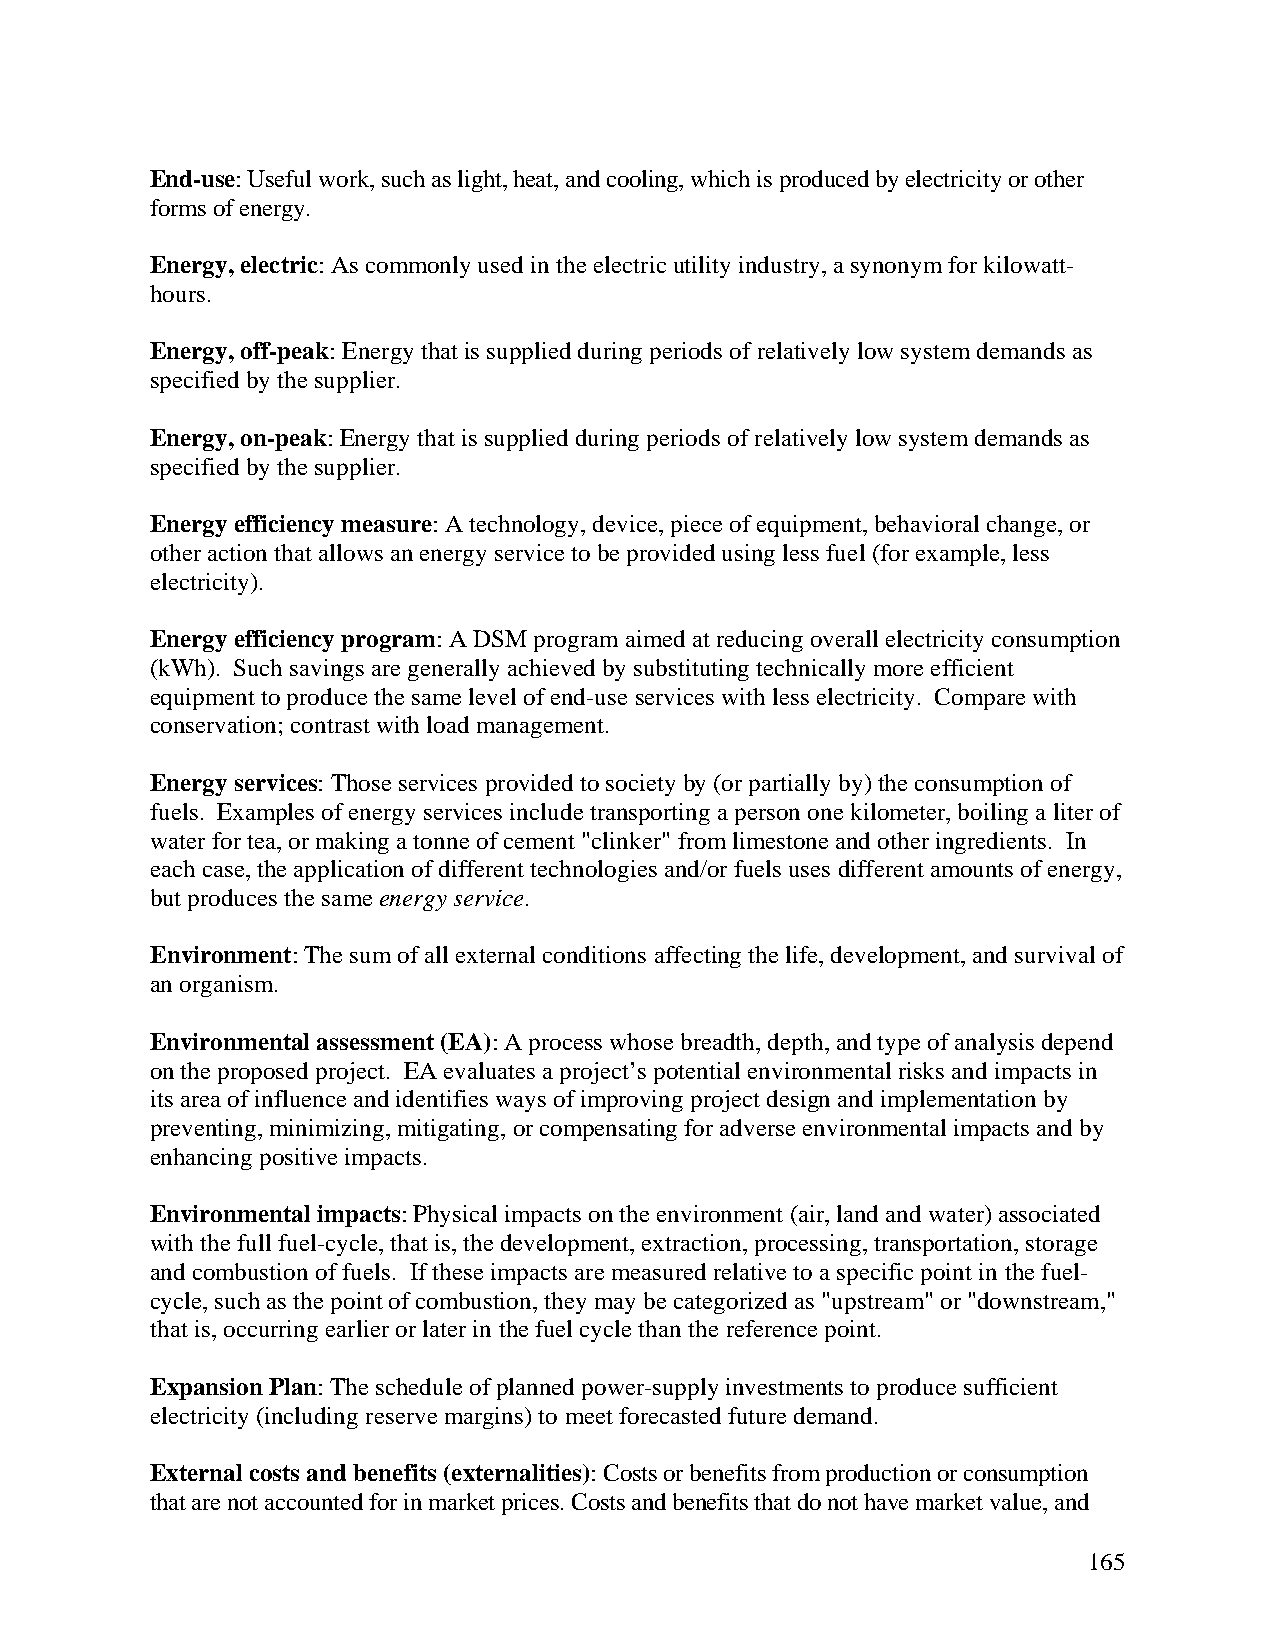
End-use: Useful work, such as light, heat, and cooling, which is produced by electricity or other
 forms of energy.
 Energy, electric: As commonly used in the electric utility industry, a synonym for kilowatt-
 hours.
 Energy, off-peak: Energy that is supplied during periods of relatively low system demands as
 specified by the supplier.
 Energy, on-peak: Energy that is supplied during periods of relatively low system demands as
 specified by the supplier.
 Energy efficiency measure: A technology, device, piece of equipment, behavioral change, or
 other action that allows an energy service to be provided using less fuel (for example, less
 electricity).
 Energy efficiency program: A DSM program aimed at reducing overall electricity consumption
 (kWh). Such savings are generally achieved by substituting technically more efficient
 equipment to produce the same level of end-use services with less electricity. Compare with
 conservation; contrast with load management.
 Energy services: Those services provided to society by (or partially by) the consumption of
 fuels. Examples of energy services include transporting a person one kilometer, boiling a liter of
 water for tea, or making a tonne of cement "clinker" from limestone and other ingredients. In
 each case, the application of different technologies and/or fuels uses different amounts of energy,
 but produces the same energy service.
 Environment: The sum of all external conditions affecting the life, development, and survival of
 an organism.
 Environmental assessment (EA): A process whose breadth, depth, and type of analysis depend
 on the proposed project. EA evaluates a project’s potential environmental risks and impacts in
 its area of influence and identifies ways of improving project design and implementation by
 preventing, minimizing, mitigating, or compensating for adverse environmental impacts and by
 enhancing positive impacts.
 Environmental impacts: Physical impacts on the environment (air, land and water) associated
 with the full fuel-cycle, that is, the development, extraction, processing, transportation, storage
 and combustion of fuels. If these impacts are measured relative to a specific point in the fuel-
 cycle, such as the point of combustion, they may be categorized as "upstream" or "downstream,"
 that is, occurring earlier or later in the fuel cycle than the reference point.
 Expansion Plan: The schedule of planned power-supply investments to produce sufficient
 electricity (including reserve margins) to meet forecasted future demand.
 External costs and benefits (externalities): Costs or benefits from production or consumption
 that are not accounted for in market prices. Costs and benefits that do not have market value, and
 165